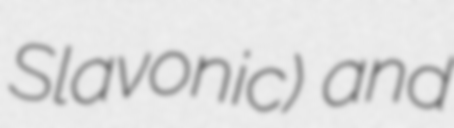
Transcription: Slavonic) and